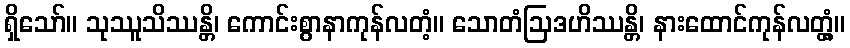
ရှိသော်။ သုဿူသိဿန္တိ၊ ကောင်းစွာနာကုန်လတံ့။ သောတံဩဒဟိဿန္တိ၊ နားထောင်ကုန်လတ္တံ့။